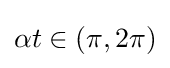
\alpha t\in (\pi ,2\pi )